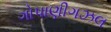
ગોપાણીગઝલ